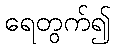
ရေတွက်၍